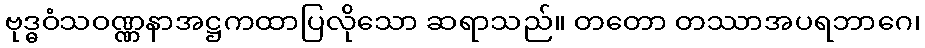
ဗုဒ္ဓဝံသဝဏ္ဏနာအဋ္ဌကထာပြလိုသော ဆရာသည်။ တတော တဿာအပရဘာဂေ၊